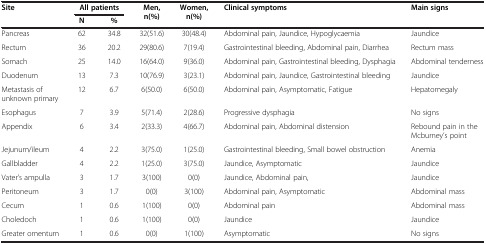
<table><thead><tr><td><b>Site</b></td><td colspan="2"><b>All patients</b></td><td><b>Men,n(%)</b></td><td><b>Women,n(%)</b></td><td><b>Clinical symptoms</b></td><td><b>Main signs</b></td></tr><tr><td>[EMPTY_CELL]</td><td><b>N</b></td><td><b>%</b></td><td>[EMPTY_CELL]</td><td>[EMPTY_CELL]</td><td>[EMPTY_CELL]</td><td>[EMPTY_CELL]</td></tr></thead><tbody><tr><td>Pancreas</td><td>62</td><td>34.8</td><td>32(51.6)</td><td>30(48.4)</td><td>Abdominal pain, Jaundice, Hypoglycaemia</td><td>Jaundice</td></tr><tr><td>Rectum</td><td>36</td><td>20.2</td><td>29(80.6)</td><td>7(19.4)</td><td>Gastrointestinal bleeding, Abdominal pain, Diarrhea</td><td>Rectum mass</td></tr><tr><td>Somach</td><td>25</td><td>14.0</td><td>16(64.0)</td><td>9(36.0)</td><td>Abdominal pain, Gastrointestinal bleeding, Dysphagia</td><td>Abdominal tenderness</td></tr><tr><td>Duodenum</td><td>13</td><td>7.3</td><td>10(76.9)</td><td>3(23.1)</td><td>Abdominal pain, Jaundice, Gastrointestinal bleeding</td><td>Jaundice</td></tr><tr><td>Metastasis of unknown primary</td><td>12</td><td>6.7</td><td>6(50.0)</td><td>6(50.0)</td><td>Abdominal pain, Asymptomatic, Fatigue</td><td>Hepatomegaly</td></tr><tr><td>Esophagus</td><td>7</td><td>3.9</td><td>5(71.4)</td><td>2(28.6)</td><td>Progressive dysphagia</td><td>No signs</td></tr><tr><td>Appendix</td><td>6</td><td>3.4</td><td>2(33.3)</td><td>4(66.7)</td><td>Abdominal pain, Abdominal distension</td><td>Rebound pain in the Mcburney’s point</td></tr><tr><td>Jejunum/ileum</td><td>4</td><td>2.2</td><td>3(75.0)</td><td>1(25.0)</td><td>Gastrointestinal bleeding, Small bowel obstruction</td><td>Anemia</td></tr><tr><td>Gallbladder</td><td>4</td><td>2.2</td><td>1(25.0)</td><td>3(75.0)</td><td>Jaundice, Asymptomatic</td><td>Jaundice</td></tr><tr><td>Vater’s ampulla</td><td>3</td><td>1.7</td><td>3(100)</td><td>0(0)</td><td>Jaundice, Abdominal pain,</td><td>Jaundice</td></tr><tr><td>Peritoneum</td><td>3</td><td>1.7</td><td>0(0)</td><td>3(100)</td><td>Abdominal pain, Asymptomatic</td><td>Abdominal mass</td></tr><tr><td>Cecum</td><td>1</td><td>0.6</td><td>1(100)</td><td>0(0)</td><td>Abdominal pain</td><td>Abdominal mass</td></tr><tr><td>Choledoch</td><td>1</td><td>0.6</td><td>1(100)</td><td>0(0)</td><td>Jaundice</td><td>Jaundice</td></tr><tr><td>Greater omentum</td><td>1</td><td>0.6</td><td>0(0)</td><td>1(100)</td><td>Asymptomatic</td><td>No signs</td></tr></tbody></table>